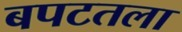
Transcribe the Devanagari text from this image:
बपटतला